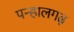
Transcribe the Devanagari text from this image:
पन्हालगढ़